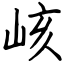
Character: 峐